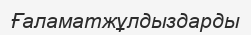
Ғаламатжұлдыздарды